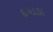
દપાડા